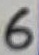
Text: 6